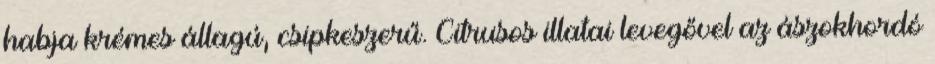
habja krémes állagú, csipkeszerű. Citrusos illatai levegővel az ászokhordó